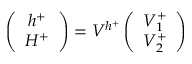
\left( \begin{array} { c } { { h ^ { + } } } \\ { { H ^ { + } } } \end{array} \right) = { \cal V } ^ { h ^ { + } } \left( \begin{array} { c } { { V _ { 1 } ^ { + } } } \\ { { V _ { 2 } ^ { + } } } \end{array} \right)